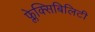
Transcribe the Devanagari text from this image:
फ्लेक्सिबिलिटी